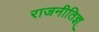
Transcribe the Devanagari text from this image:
राजनीतिज्ञ्